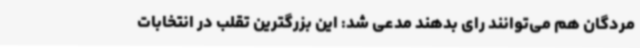
مردگان هم می‌توانند رای بدهند مدعی شد: این بزرگترین تقلب در انتخابات